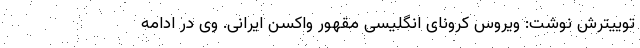
توییترش نوشت: ویروس کرونای انگلیسی مقهور واکسن ایرانی. وی در ادامه